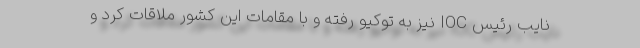
نایب رئیس IOC نیز به توکیو رفته و با مقامات این کشور ملاقات کرد و